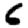
Digit: 6